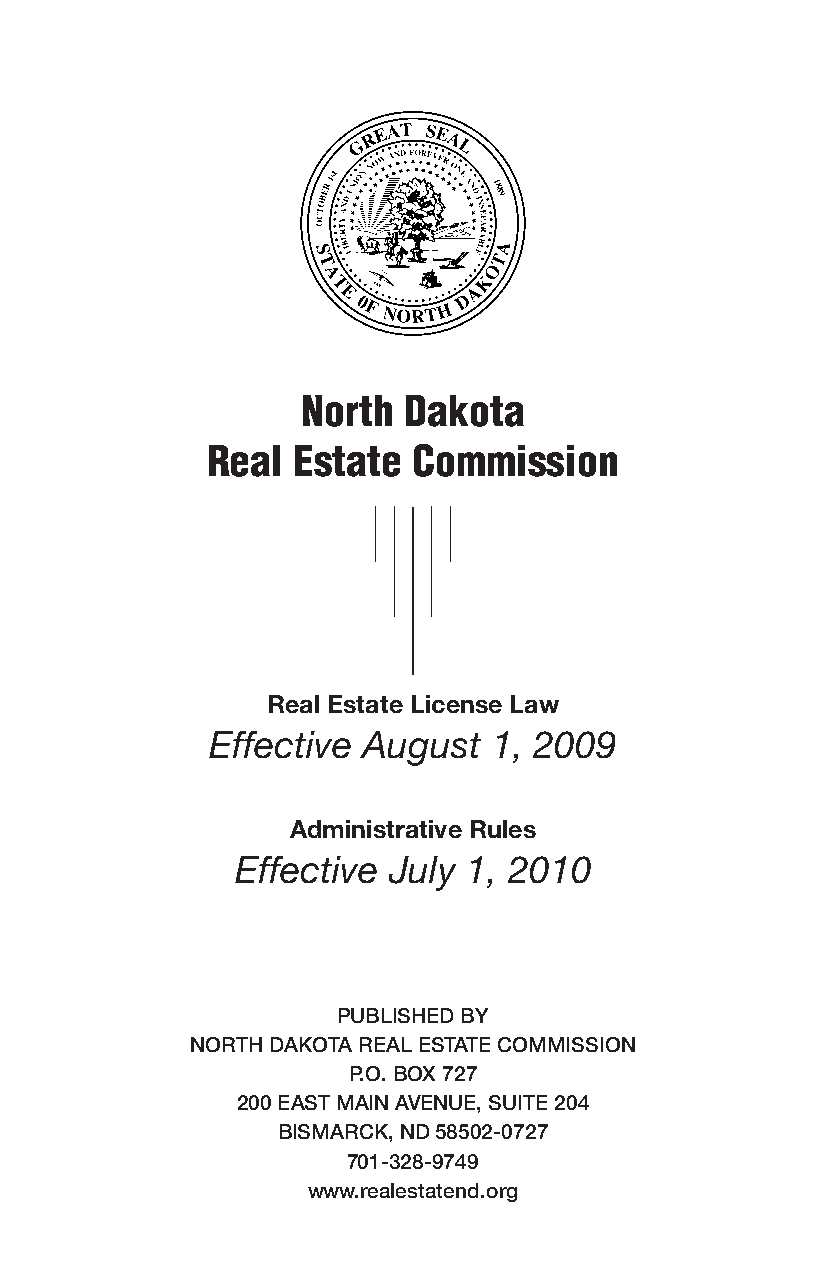
North  Dakota
 Real Estate  Commission
 Real Estate License Law
 Effective August   1, 2009
 Administrative Rules
 Effective July 1, 2010
 Published by
 north dakota real estate Commission
 P.o. box 727
 200 east main avenue, suite 204
 bismarCk, nd 58502-0727
 701-328-9749
 www.realestatend.org